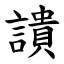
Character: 䜋